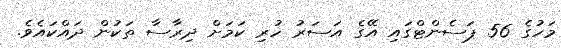
މަހުގެ 56 ޕަސެންޓްގައި އޭގެ އަސަރު ހުރި ކަމަށް ދިރާސާ ތަކުން ދައްކައެވެ.